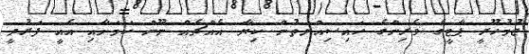
ޖުމުހޫރީ ޕާޓީގެ ވެރިންގެ ހައިސިއްޔަތުން ކިޔާ އެއްޗެއް ނޫން ކަމަށާއި އެއީ ފަރުދީ